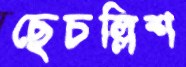
ছেচল্লিশ